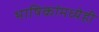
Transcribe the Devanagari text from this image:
भाषिकांमध्येही